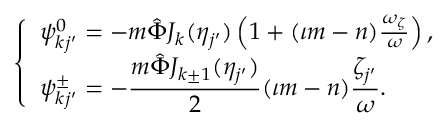
\begin{array} { r } { \left\{ \begin{array} { l } { \psi _ { k j ^ { \prime } } ^ { 0 } = - m \hat { \Phi } J _ { k } ( \eta _ { j ^ { \prime } } ) \left( 1 + ( \iota m - n ) \frac { \omega _ { \zeta } } { \omega } \right) , } \\ { \displaystyle \psi _ { k j ^ { \prime } } ^ { \pm } = - \frac { m \hat { \Phi } J _ { k \pm 1 } ( \eta _ { j ^ { \prime } } ) } { 2 } ( \iota m - n ) \frac { \zeta _ { j ^ { \prime } } } { \omega } . } \end{array} \right. } \end{array}